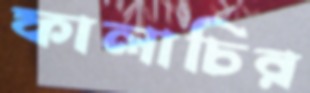
ফালাচির